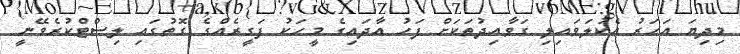
މިދިޔަ އަހަރު އެކުލަވައިލި ގަވާއިދުތަކަށް ފަހު އާދައިގެ މީހަކު ފަގީރެއްގެ ގޮތުގައި ލިސްޓްކުރެވޭނީ